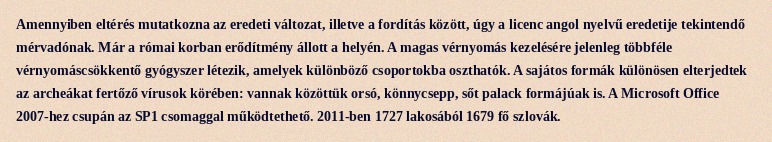
Amennyiben eltérés mutatkozna az eredeti változat, illetve a fordítás között, úgy a licenc angol nyelvű eredetije tekintendő mérvadónak. Már a római korban erődítmény állott a helyén. A magas vérnyomás kezelésére jelenleg többféle vérnyomáscsökkentő gyógyszer létezik, amelyek különböző csoportokba oszthatók. A sajátos formák különösen elterjedtek az archeákat fertőző vírusok körében: vannak közöttük orsó, könnycsepp, sőt palack formájúak is. A Microsoft Office 2007-hez csupán az SP1 csomaggal működtethető. 2011-ben 1727 lakosából 1679 fő szlovák.